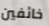
خائفين